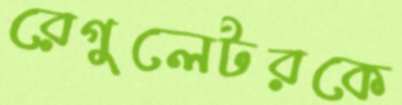
রেগুলেটরকে